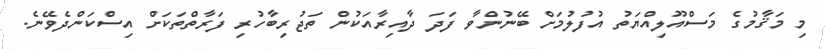
މި މަޤާމުގެ މަސްއޫލިއްޔަތު އުފުލުމަށް ބޭނުންވާ ފަދަ ދާއިރާއަކުން ތަޖުރިބާހުރި ފަރާތްތަކަށް އިސްކަންދެވޭނެ.